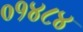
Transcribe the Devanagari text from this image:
०१४८४